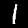
Label: 1